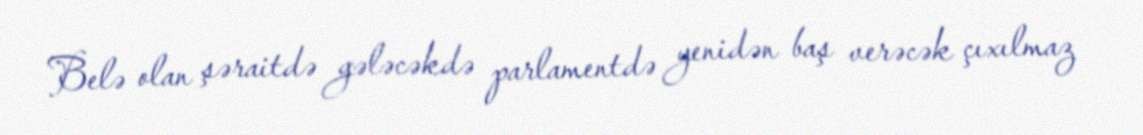
Belə olan şəraitdə gələcəkdə parlamentdə yenidən baş verəcək çıxılmaz